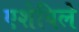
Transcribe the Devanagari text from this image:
एशेविले